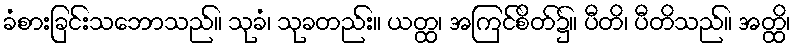
ခံစားခြင်းသဘောသည်။ သုခံ၊ သုခတည်း။ ယတ္ထ၊ အကြင်စိတ်၌။ ပီတိ၊ ပီတိသည်။ အတ္ထိ၊